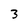
Character: 3